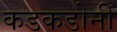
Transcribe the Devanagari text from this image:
कडकडोनी